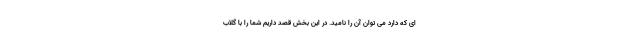
ای که دارد می توان آن را نامید. در این بخش قصد داریم شما را با گلاب